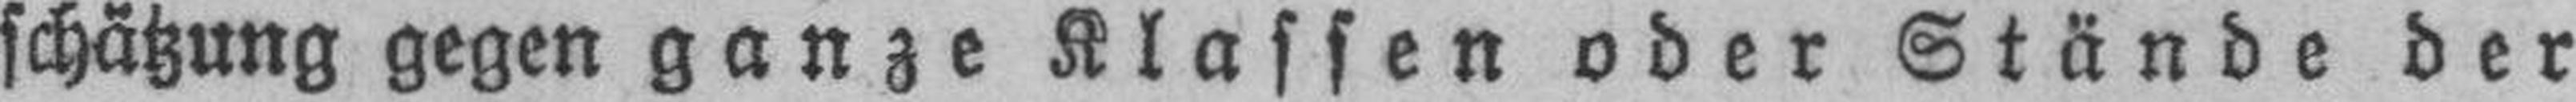
schätzung gegen ganze Klassen oder Stände der